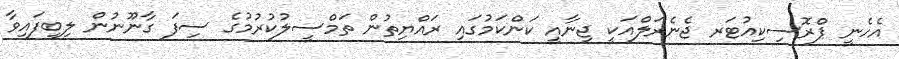
އެހެނީ ޕްރޮސިކިއުޓަރ ޖެނެރަލްއަކީ ޖިނާއީ ކަންކަމުގައި ރައްޔިތުން ތަމްސީލުކުރުމުގެ ސިފަ ގާނޫނުން ލިބިފައިވާ